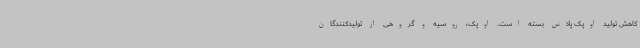
کاهش تولید اوپک پلاس بسته است. اوپک، روسیه و گروهی از تولیدکنندگان